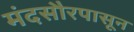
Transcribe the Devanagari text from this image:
मंदसौरपासून